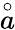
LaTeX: \overset{\circ}a